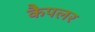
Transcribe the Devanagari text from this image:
कैपलर